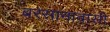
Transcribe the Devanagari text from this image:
बरसानावासी